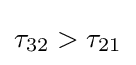
\tau _{32}>\tau _{21}